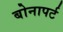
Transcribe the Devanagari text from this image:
बोनापर्ट